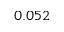
0 . 0 5 2